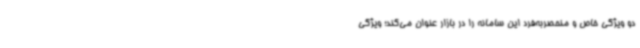
دو ویژگی خاص و منحصربه‌فرد این سامانه را در بازار عنوان می‌کند؛ ویژگی